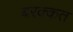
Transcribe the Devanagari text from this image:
बरक्कत